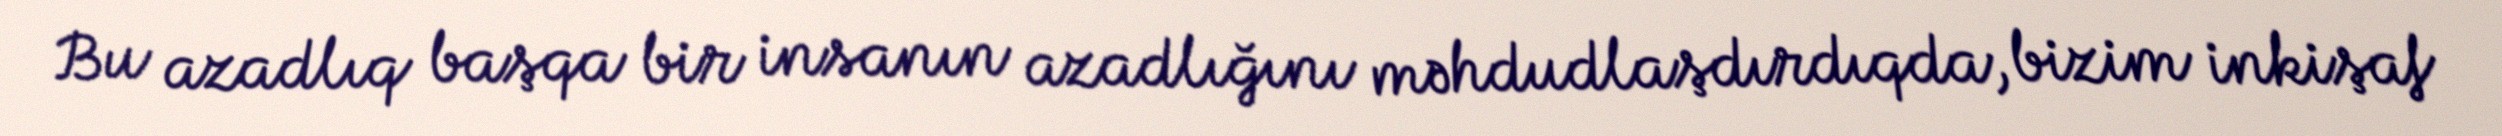
Bu azadlıq başqa bir insanın azadlığını məhdudlaşdırdıqda, bizim inkişaf